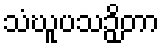
သံဃူပသဉှိတာ